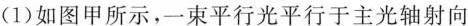
1)如图甲所示，一束平行光平行于主光轴射向